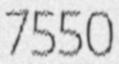
7550